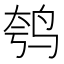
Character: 𫛦